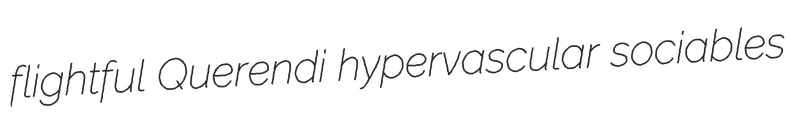
flightful Querendi hypervascular sociables